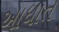
આધાત